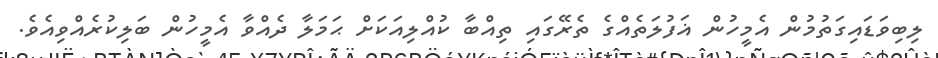
ލިބިވަޑައިގަތުމުން އެމީހުން ޣަފުލަތެއްގެ ތެރޭގައި ތިއްބާ ކުއްލިއަކަށް ޙަމަލާ ދެއްވާ އެމީހުން ބަލިކުރެއްވިއެވެ.